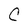
Character: C